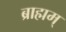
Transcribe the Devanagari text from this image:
ब्राह्मम्